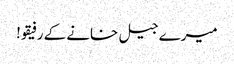
میرے جیل خانے کے رفیقو!